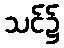
သင်၌